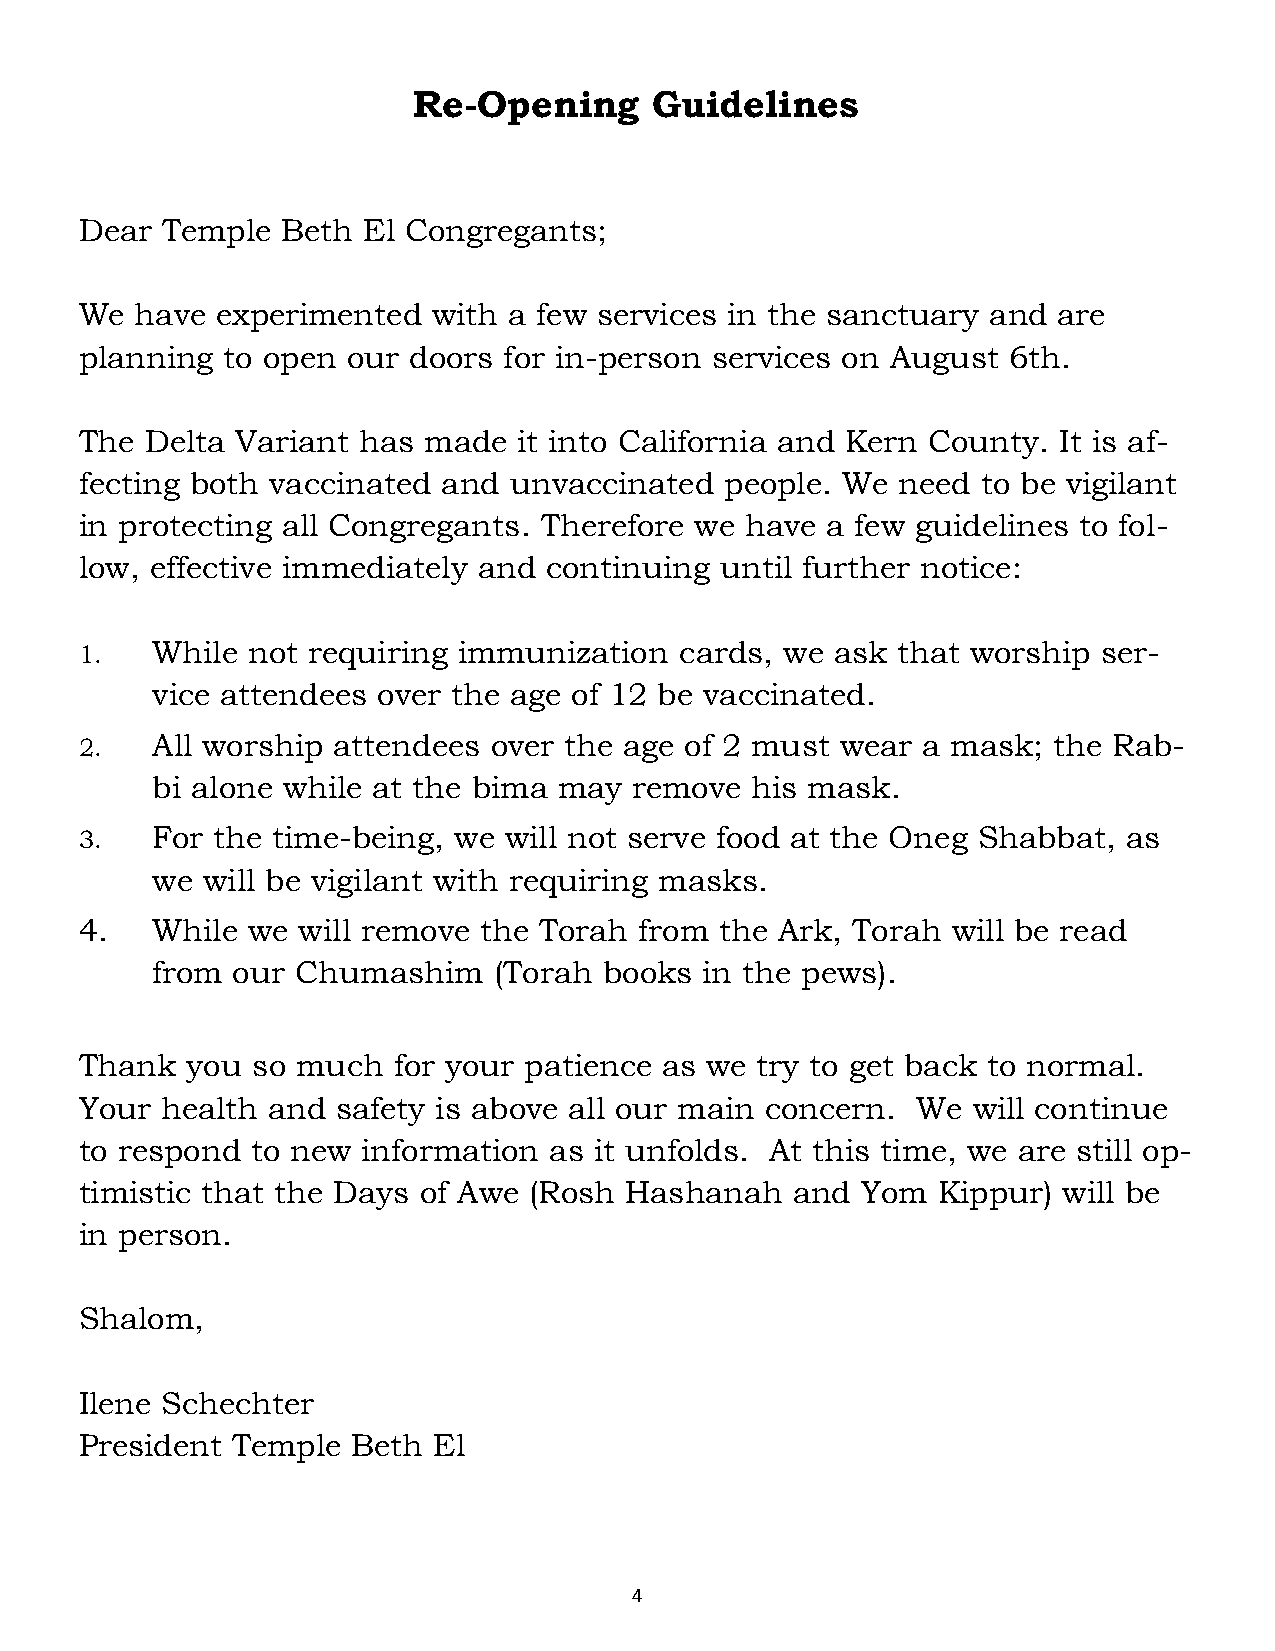
Re-Opening      Guidelines
 Dear  Temple  Beth El Congregants;
 We  have experimented   with a few services in the sanctuary and are
 planning  to open our doors for in-person services on August  6th.
 The  Delta Variant has made  it into California and Kern County. It is af-
 fecting both vaccinated and  unvaccinated  people. We need  to be vigilant
 in protecting all Congregants. Therefore we have  a few guidelines to fol-
 low, effective immediately and continuing  until further notice:
 1.   While not requiring immunization   cards, we ask that worship  ser-
 vice attendees over the age of 12 be vaccinated.
 2.   All worship attendees over the age of 2 must  wear a mask;  the Rab-
 bi alone while at the bima may  remove  his mask.
 3.   For the time-being, we will not serve food at the Oneg Shabbat,  as
 we will be vigilant with requiring masks.
 4.   While we  will remove the Torah from  the Ark, Torah will be read
 from our  Chumashim    (Torah books  in the pews).
 Thank  you  so much  for your patience as we try to get back to normal.
 Your  health and safety is above all our main concern.  We will continue
 to respond  to new information as it unfolds. At this time, we are still op-
 timistic that the Days of Awe (Rosh Hashanah   and  Yom  Kippur) will be
 in person.
 Shalom,
 Ilene Schechter
 President Temple  Beth  El
 4